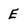
Character: E